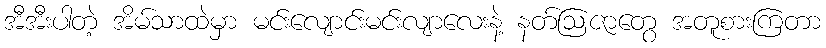
အီအီးပါတဲ့ အိမ်သာထဲမှာ မင်းလျောင်းမင်းလျာလေးနဲ့ နတ်ဩဇာတွေ အတူစားကြတာ